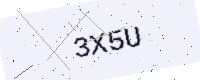
Text: 3X5U